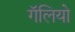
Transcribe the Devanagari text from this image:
गॅलियो